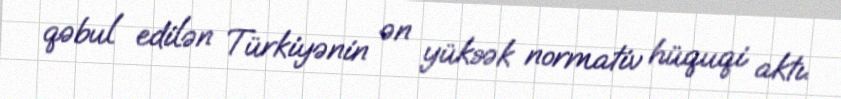
qəbul edilən Türkiyənin ən yüksək normativ hüquqi aktı.